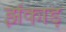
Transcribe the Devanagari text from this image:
झंकाड़